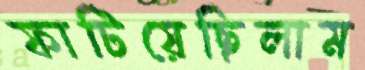
ফাটিয়েছিলাম